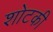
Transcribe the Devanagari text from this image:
शोटकी